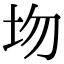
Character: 圽